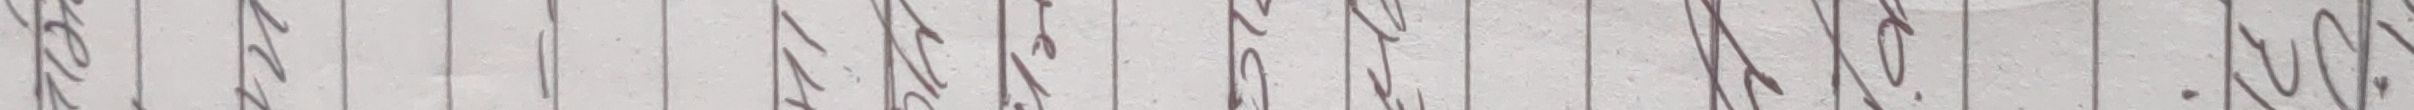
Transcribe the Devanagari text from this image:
छिन